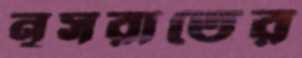
নূসরাতের